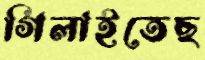
গিলাইতেছ